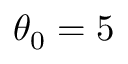
\theta _ { 0 } = 5